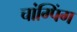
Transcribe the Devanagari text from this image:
चांग्पिंग